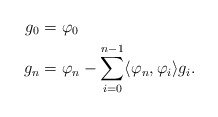
\begin{align*}g_0&=\varphi_0\\g_n&=\varphi_n-\sum_{i=0}^{n-1}\langle \varphi_n,\varphi_i\rangle g_i.\end{align*}